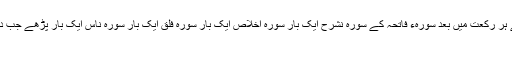
پہلی شب بعد نماز عشاء چار رکعت نماز دو سلام سے پڑھے ہر رکعت میں بعد سورہء فاتحہ کے سورہ نشرح ایک بار سورہ اخلاص ایک بار سورہ فلق ایک بار سورہ ناس ایک بار پڑھے جب دو رکعت کا سلام پھیرے تو کلمہ توحید تینتیس (33) بار اور
درود شریف تینتیس (33) مرتبہ پڑھے۔